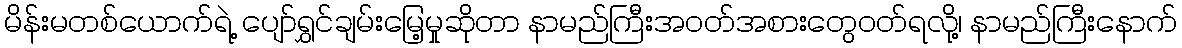
မိန်းမတစ်ယောက်ရဲ့ ပျော်ရွှင်ချမ်းမြေ့မှုဆိုတာ နာမည်ကြီးအဝတ်အစားတွေဝတ်ရလို့၊ နာမည်ကြီးနောက်